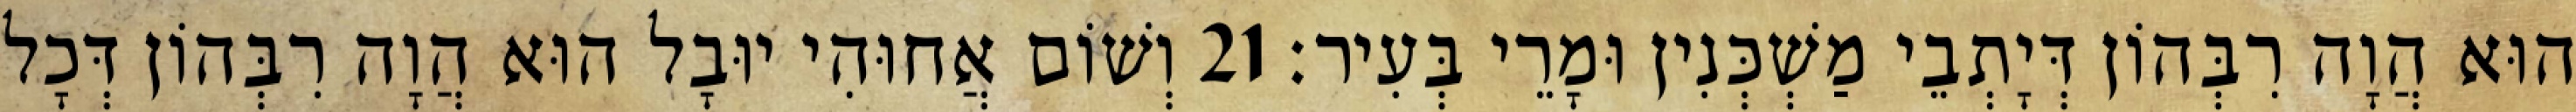
הוּא הֲוָה רִבְּהוֹן דְּיָתְבֵי מַשְׁכְּנִין וּמָרֵי בְּעִיר׃ 21 וְשׁוֹם אֲחוּהִי יוּבָל הוּא הֲוָה רִבְּהוֹן דְּכָל